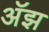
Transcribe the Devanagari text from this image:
अॅझ